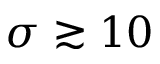
\sigma \gtrsim 1 0